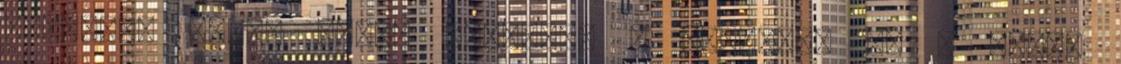
erkélyt. Daily Retro spective : November 6. - 90-es